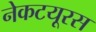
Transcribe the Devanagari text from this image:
नेकटयूरस